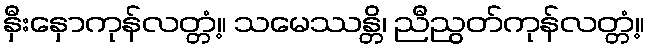
နှီးနှောကုန်လတ္တံ့။ သမေဿန္တိ၊ ညီညွတ်ကုန်လတ္တံ့။